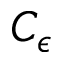
C _ { \epsilon }